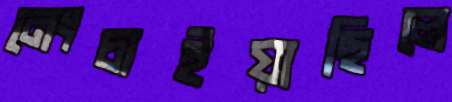
নেংচাইয়াছিলে